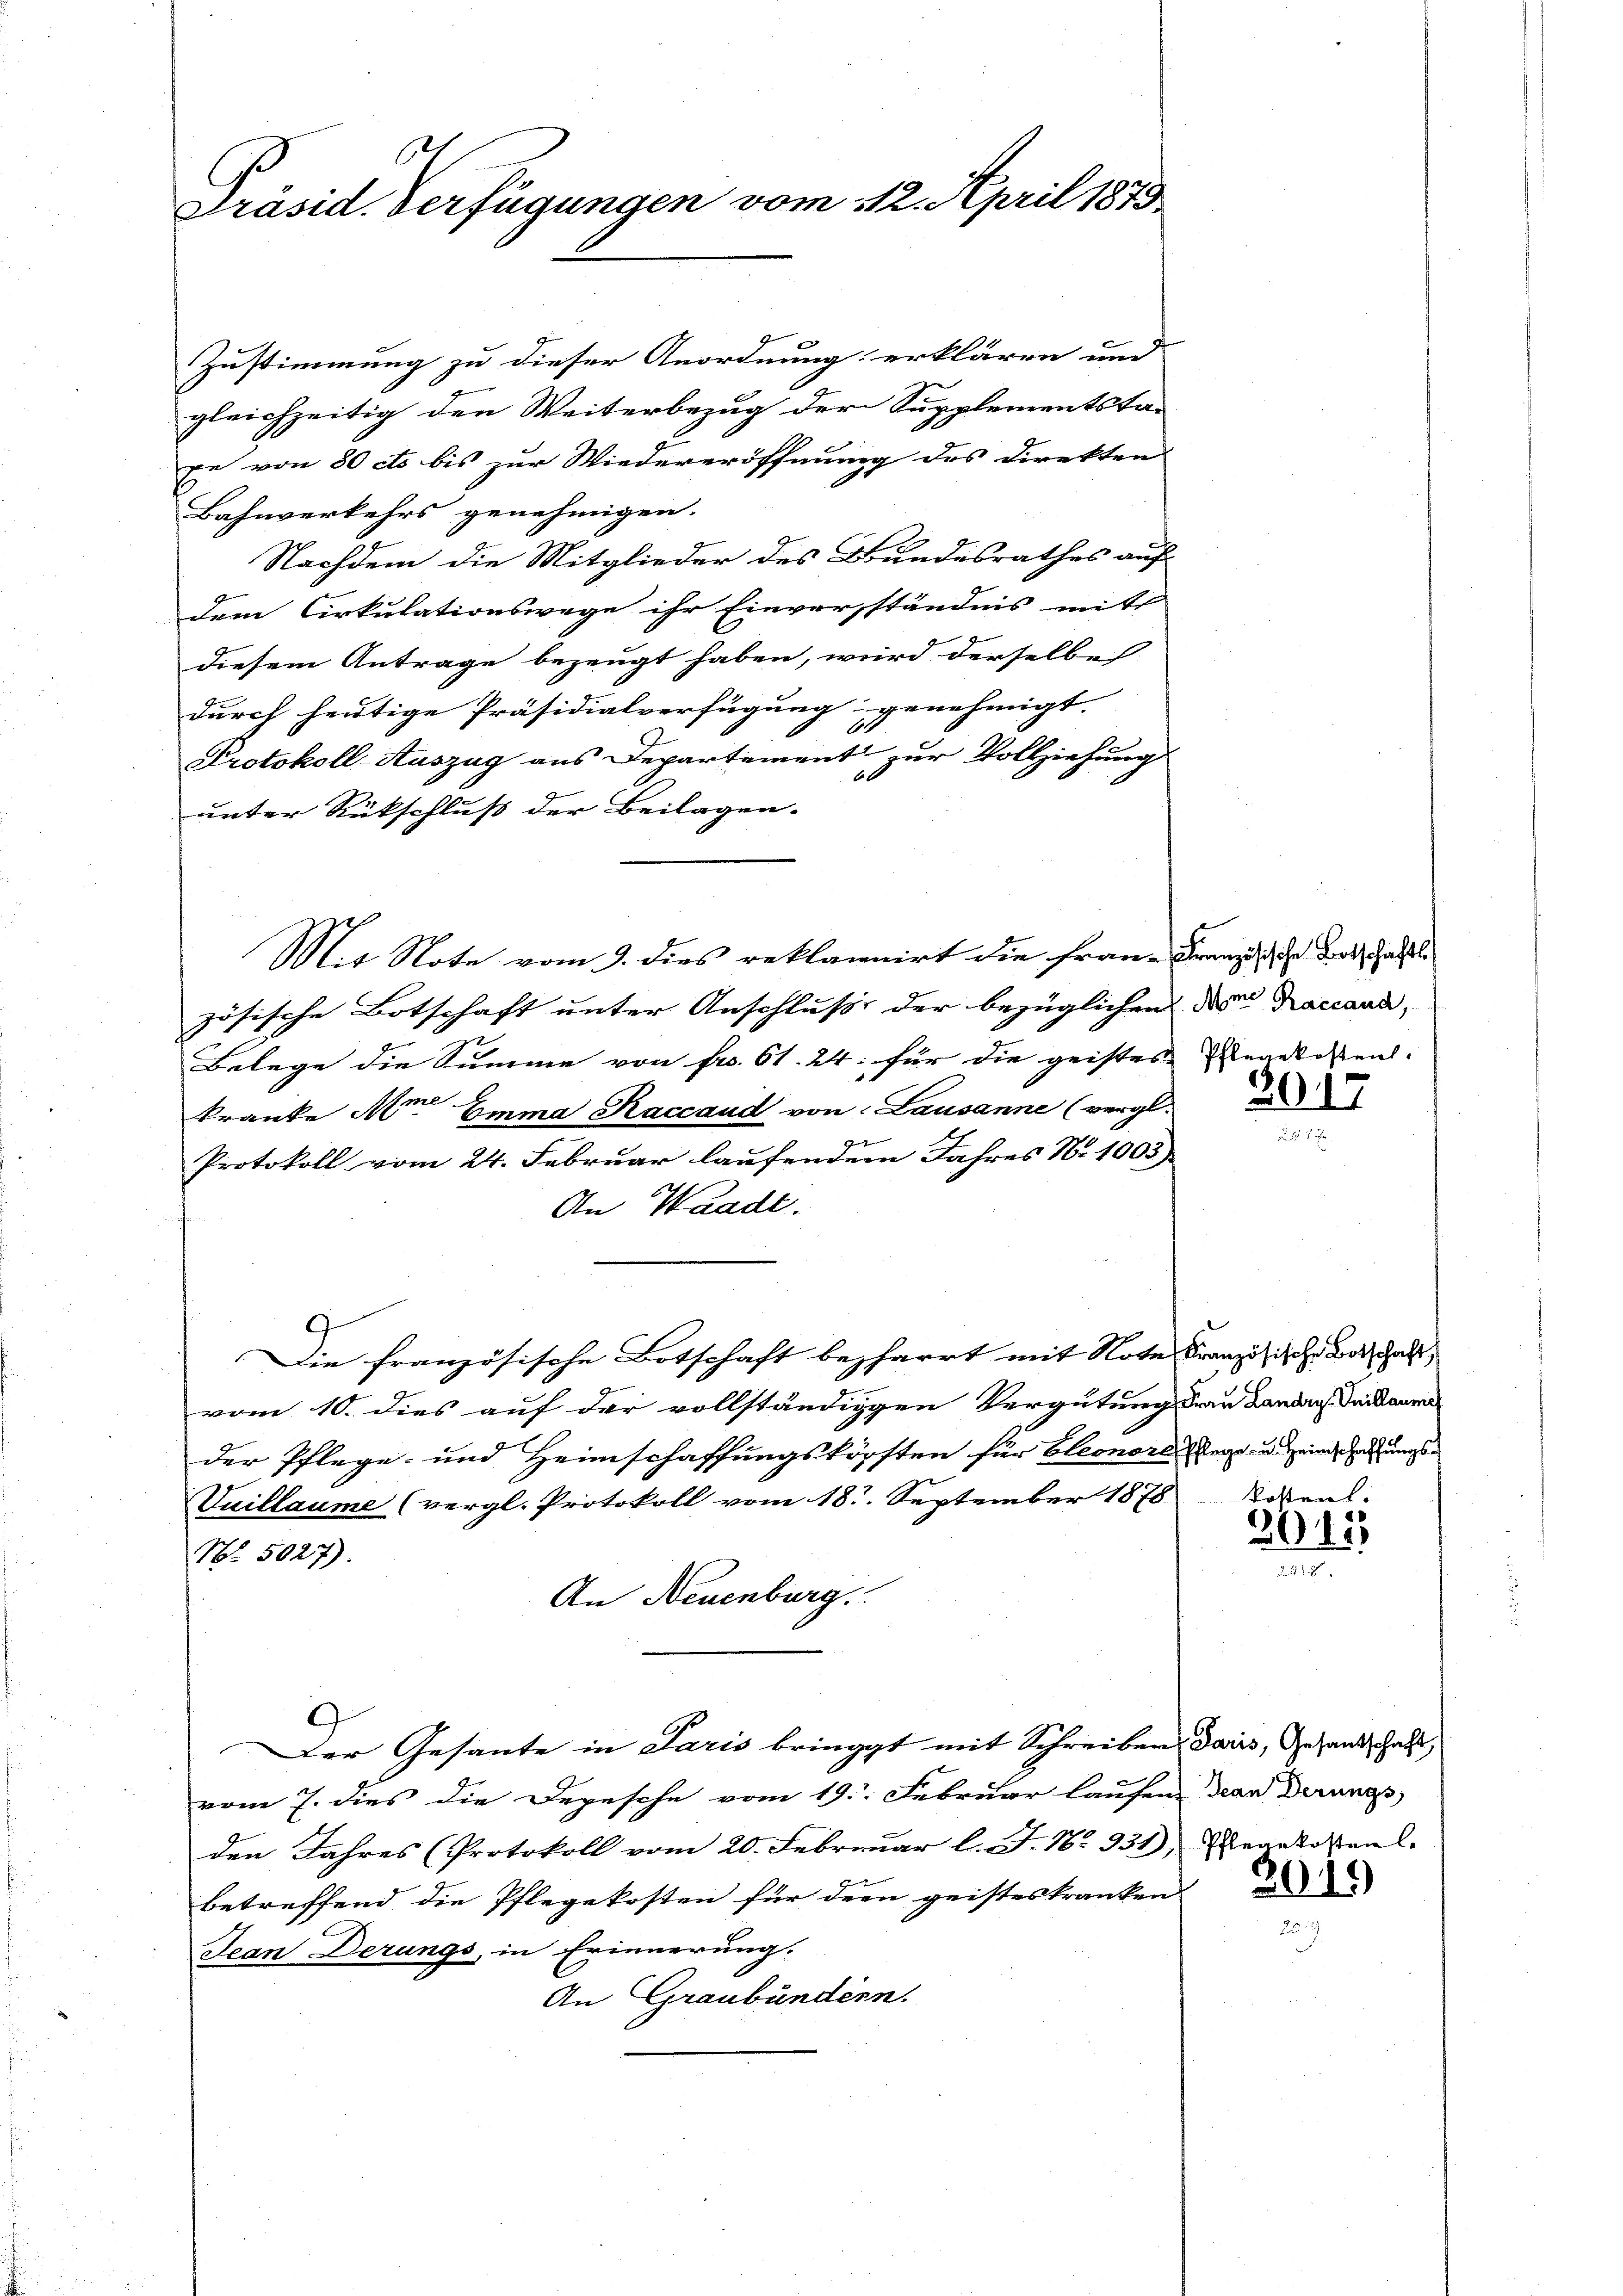
6
Präsid. Verfügungen vom 112. April 1875.

Zustimmung zu dieser Anordnung erklären und
gleichzeitig den Weiterbezug der Supplementsta-
pe von 50 cts bis zur Wiedereröffnung des Direkten
Bahnverkehrs genehmigen.
Nachdem die Mitglieder des Bundesrathes auf
dem Cirkulationswege ihr Einverständnis mit
diesem Antrage bezeugt haben, wird derselbe
durch heutige Präsidialverfügung genehmigt.
1
Protokoll-Auszug aus Departement zur Vollziehung
6
unter Rückschluß der Beilagen.
Mit Note vom 9. dies reklamirt die Frau, Freundischer das Galle
zösische Botschaft unter Anschluß der bezüglichen des Raccaud,
s
Belege die Summe von Fr. 61. 24. für die geistes Angekosten.
kranke der Emma, Kaccaud von Lausanne (vergl.
Protokoll vom 24. Februar laufendem Jahres N. 1003.
An Waadt.
Die französische Botschaft beharrt mit Note Französische der das
vom 10. dies auf der vollständigen Vergütung der Landa Seidenma
der Pflege- und Heimschaffungskörsten für Eleonore der in einer und ungen
Vuillaume (vergl. Protokoll vom 18. September 1878 Rosenl.
No. 5027).
An Neuenburg.
Der Gesante in Paris bringt mit Schreiben, daris, Gesandtschaft,
vom 7. dies die Depesche vom 19. Februar laufen dean Derungs
den Jahres (Protokoll vom 20. Februar l. J. No. 331) Senatosaal.
betreffend die Pflegekosten für dem geisteskranken
Jean Derungs, in Erinnerung.
An Graubünden.

2017

2015

2019